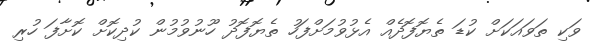
ވަކި ތަވައަކަށް ކުޑަ ތެޔޮފޮދެއް އެޅުވުމަށްފަހު ތެޔޮފޮދު ހޫނުވުމުން ކުދިކޮށް ކޮށާފަ ހުރި